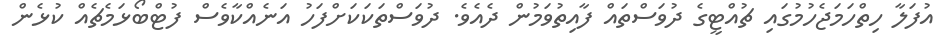
އުފަލާ ހިތްހަމަޖެހުމުގައި ޗުއްޓީގެ ދުވަސްތައް ފާއިތުވަމުން ދެއެވެ. ދުވަސްތަކަކަށްފަހު އަނެއްކާވެސް ފުޓްބޯޅަމެޗެއް ކުޅެން